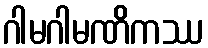
ဂါမဂါမဏိကဿ